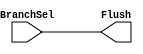
module ControlHazard(input BranchSel, output Flush);
  assign Flush = BranchSel;
endmodule